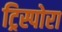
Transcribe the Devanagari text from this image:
ट्रिस्पोरा